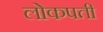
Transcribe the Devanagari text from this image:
लोकपती